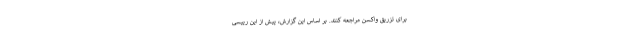
برای تزریق واکسن مراجعه کنند. بر اساس این گزارش، پیش از این رییسی